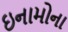
ઇનામોના